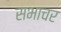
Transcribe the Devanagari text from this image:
सभाचर